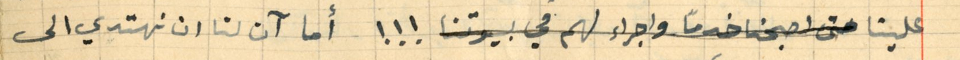
علينا حتى اصبحنا خدمًا واجراء لهم في بيوتنا !!! أما آن لنا ان نهتدي الى